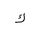
Letter: _kaf